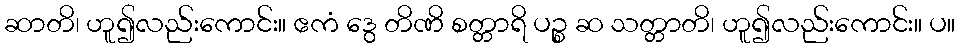
ဆာတိ၊ ဟူ၍လည်းကောင်း။ ဧကံ ဒွေ တိဏိ စတ္တာရိ ပဉ္စ ဆ သတ္တာတိ၊ ဟူ၍လည်းကောင်း။ ပ။